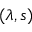
( \lambda , s )